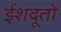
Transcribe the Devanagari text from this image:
ईशदूतो